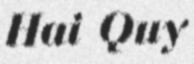
Hai Quy